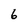
Character: 6